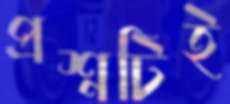
প্রশ্নটিই